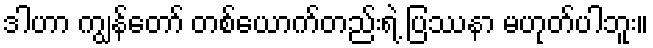
ဒါဟာ ကျွန်တော် တစ်ယောက်တည်းရဲ့ ပြဿနာ မဟုတ်ပါဘူး။